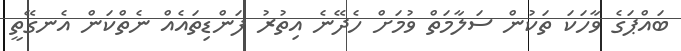
ބައްޕަގެ ވާހަކަ ތަކުން ސަލާމަތް ވުމަށް ހެދޭނެ އިތުރު ފަންޑިތައެއް ނެތްކަން އެނގޭތީ